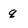
Character: q